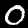
Digit: 0